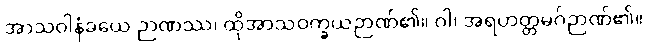
အာသဝါနံခယေ ဉာဏဿ၊ ထိုအာသဝက္ခယဉာဏ်၏။ ဝါ၊ အရဟတ္တမဂ်ဉာဏ်၏။